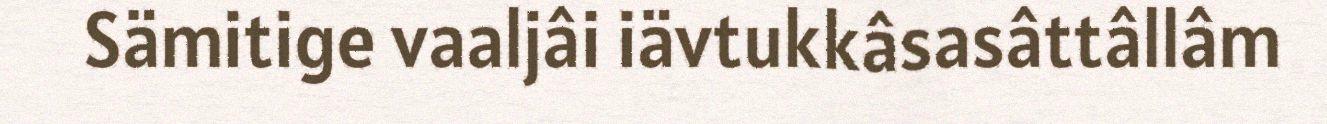
Sämitige vaaljâi iävtukkâsasâttâllâm